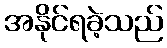
အနိုင်ရခဲ့သည်